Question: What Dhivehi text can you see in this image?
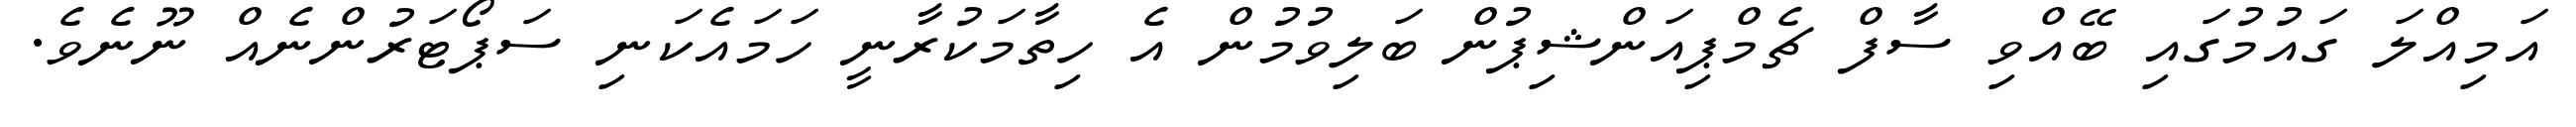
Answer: އަމިއްލަ ގައުމުގައި ބޭއްވި ސާފް ޗެމްޕިއަންޝިޕުން ބަލިވުމުން އެ ހިތާމަކުރާނީ ހަމައެކަނި ސަޕޯޓަރުންނެއް ނޫނެވެ.